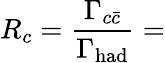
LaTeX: R_{c}={\frac{\Gamma_{c\bar{c}}}{\Gamma_{\mathrm{had}}}}=